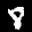
Label: 8